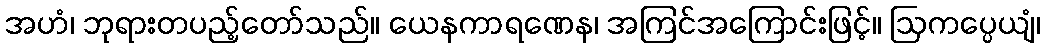
အဟံ၊ ဘုရားတပည့်တော်သည်။ ယေနကာရဏေန၊ အကြင်အကြောင်းဖြင့်။ ဩကပ္ပေယျံ၊